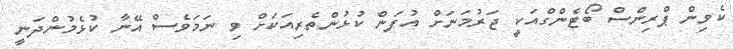
ކެވިން ޕްރިންސް ބޯޓެންގްއަކީ ޖަރުމަނަށް އުފަން ކުޅުންތެރިއަކަށް ވި ނަމަވެސް އޭނާ ކުޅެމުންދަނީ